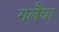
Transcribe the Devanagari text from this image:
गलैंचा